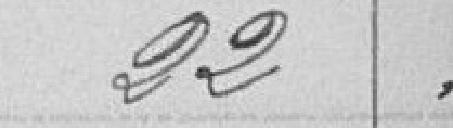
22